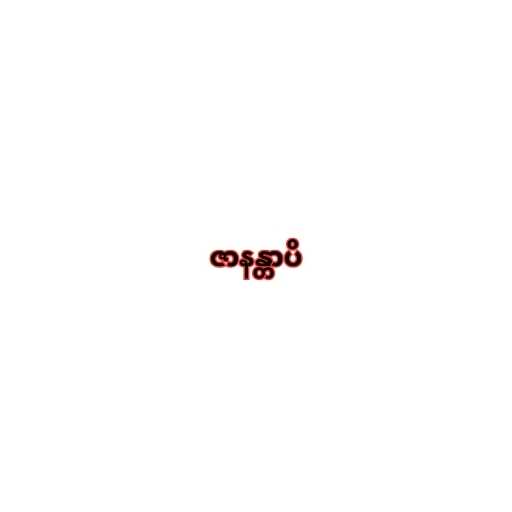
ဇာနန္တာပိ